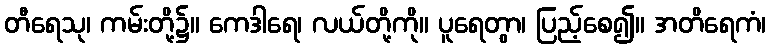
တီရေသု၊ ကမ်းတို့၌။ ကေဒါရေ၊ လယ်တို့ကို။ ပူရေတွာ၊ ပြည့်စေ၍။ အတိရေကံ၊